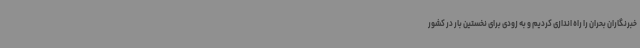
خبرنگاران بحران را راه اندازی کردیم و به زودی برای نخستین بار در کشور